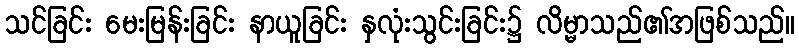
သင်ခြင်း မေးမြန်းခြင်း နာယူခြင်း နှလုံးသွင်းခြင်း၌ လိမ္မာသည်၏အဖြစ်သည်။